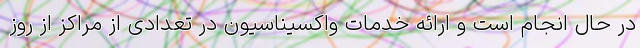
در حال انجام است و ارائه خدمات واکسیناسیون در تعدادی از مراکز از روز